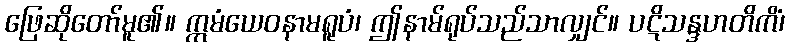
ဖြေဆိုတော်မူ၏။ ဣမံယေဝနာမရူပံ၊ ဤနာမ်ရုပ်သည်သာလျှင်။ ပဋိသန္ဒဟတိကိံ၊